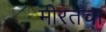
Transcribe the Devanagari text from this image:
मीरतचा